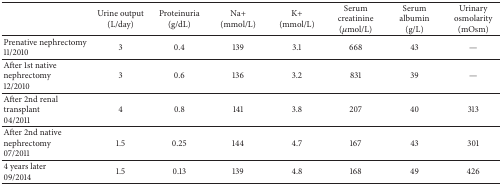
<table><thead><tr><td><b> </b></td><td><b>Urine output (L/day)</b></td><td><b>Proteinuria (g/dL)</b></td><td><b>Na+ (mmol/L)</b></td><td><b>K+ (mmol/L)</b></td><td><b>Serum creatinine (<i>μ</i>mol/L)</b></td><td><b>Serum albumin (g/L)</b></td><td><b>Urinary osmolarity (mOsm)</b></td></tr></thead><tbody><tr><td>Prenative nephrectomy 11/2010</td><td>3</td><td>0.4</td><td>139</td><td>3.1</td><td>668</td><td>43</td><td>—</td></tr><tr><td>After 1st native nephrectomy 12/2010</td><td>3</td><td>0.6</td><td>136</td><td>3.2</td><td>831</td><td>39</td><td>—</td></tr><tr><td>After 2nd renal transplant 04/2011</td><td>4</td><td>0.8</td><td>141</td><td>3.8</td><td>207</td><td>40</td><td>313</td></tr><tr><td>After 2nd native nephrectomy 07/2011</td><td>1.5</td><td>0.25</td><td>144</td><td>4.7</td><td>167</td><td>43</td><td>301</td></tr><tr><td>4 years later 09/2014</td><td>1.5</td><td>0.13</td><td>139</td><td>4.8</td><td>168</td><td>49</td><td>426</td></tr></tbody></table>